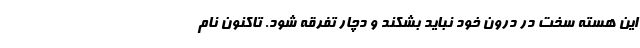
این هسته سخت در درون خود نباید بشکند و دچار تفرقه شود. تاکنون نام